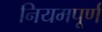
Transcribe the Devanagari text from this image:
नियमपूर्ण